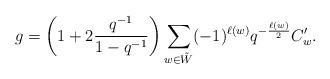
LaTeX: \begin{align*}g=\left(1+2\frac{q^{-1}}{1-q^{-1}}\right)\sum_{w\in\tilde{W}}(-1)^{\ell(w)}q^{-\frac{\ell(w)}{2}}C'_w.\end{align*}